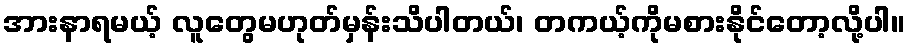
အားနာရမယ့် လူတွေမဟုတ်မှန်းသိပါတယ်၊ တကယ့်ကိုမစားနိုင်တော့လို့ပါ။